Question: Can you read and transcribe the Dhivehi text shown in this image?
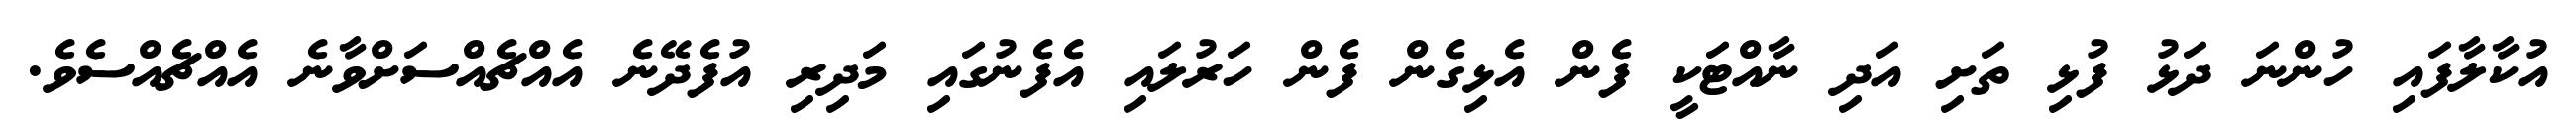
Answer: އުކާލާފައި ހުންނަ ދަޅު ފުޅި ތަށި އަދި ނާއްޓަކީ ފެން އެޅިގެން ފެން ހަރުލައި އެފެނުގައި މަދިރި އުފެދޭނެ އެއްޗެއްސަށްވާނެ އެއްޗެއްސެވެ.